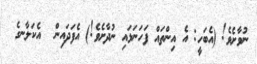
ނުވާށެވެ! (އެބަހީ: އެ އިންތައް ފަހަނަޅައި ނުދާށެވެ!) އެފަދައިން  އެކަލާނގެ